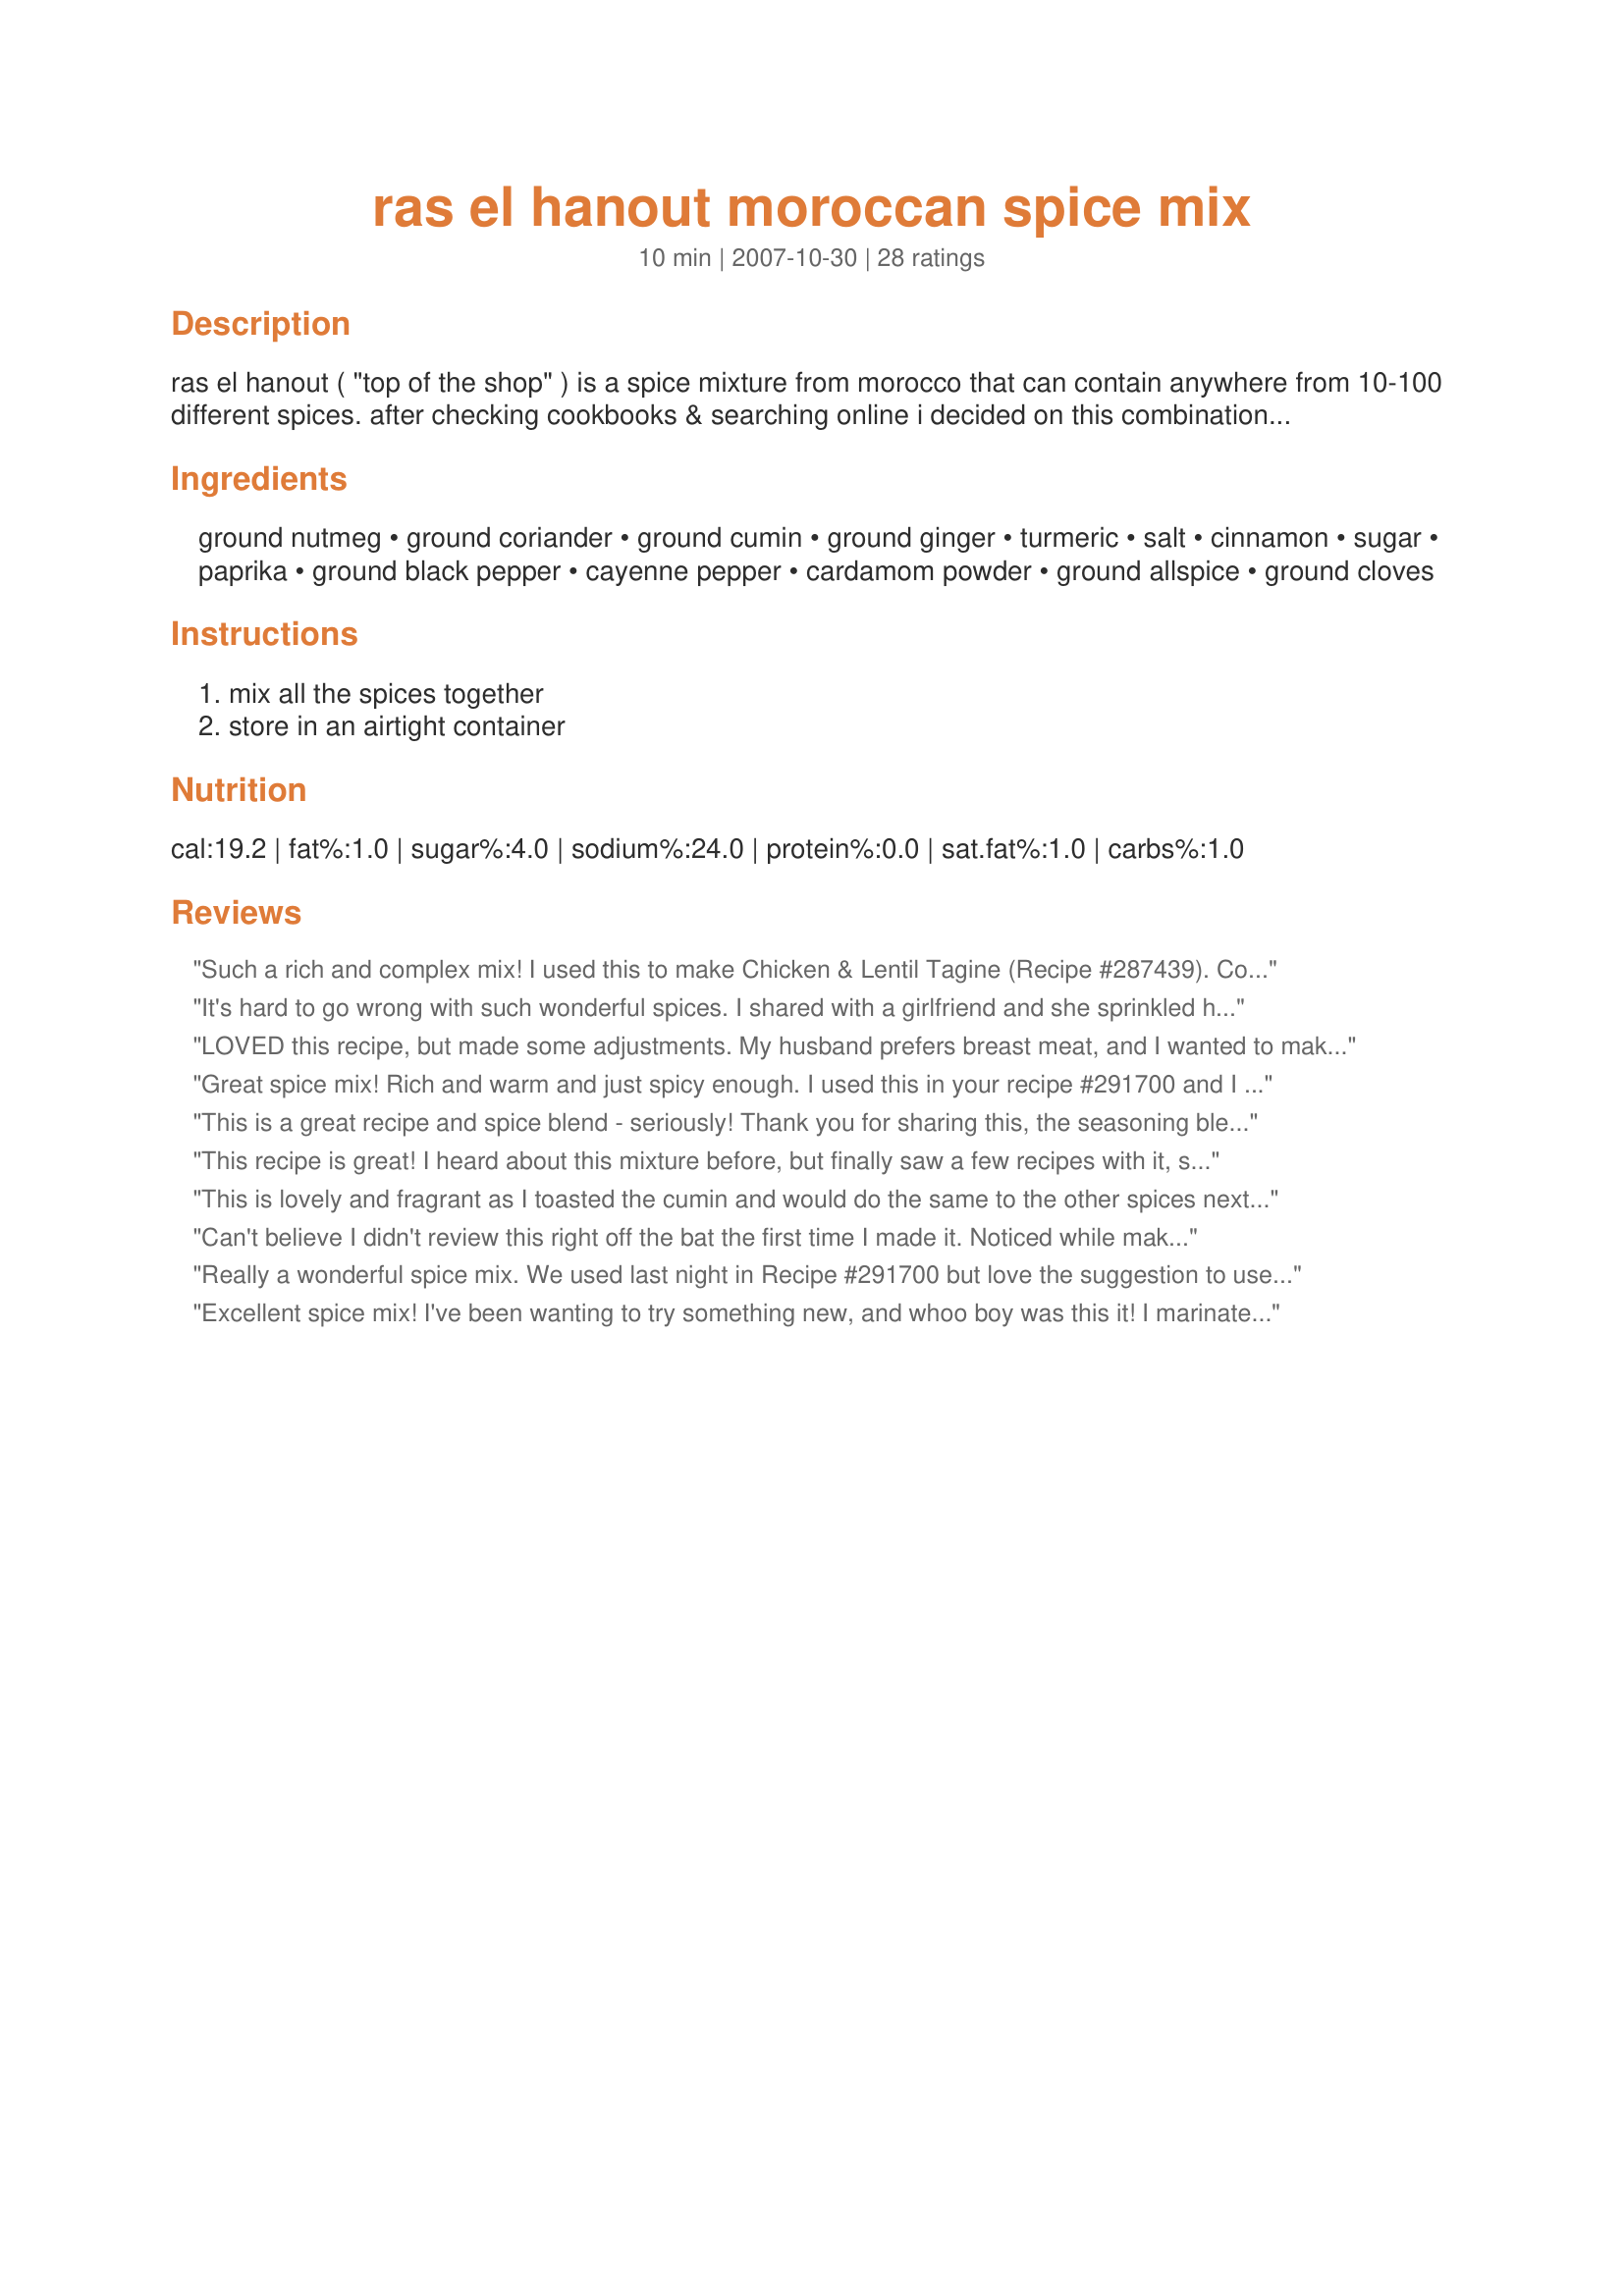
ras el hanout moroccan spice mix
Preparation time: 10 minutes

ras el hanout ( "top of the shop" ) is a spice mixture from morocco that can contain anywhere from 10-100 different spices. after checking cookbooks & searching online i decided on this combination for this spice mix.

Ingredients:
ground nutmeg, ground coriander, ground cumin, ground ginger, turmeric, salt, cinnamon, sugar, paprika, ground black pepper, cayenne pepper, cardamom powder, ground allspice, ground cloves

Steps:
mix all the spices together, store in an airtight container

Reviews:
Such a rich and complex mix! I used this to make Chicken & Lentil Tagine (Recipe #287439). Could be added to many things to add depth and intensity to the flavor.
It's hard to go wrong with such wonderful spices. I shared with a girlfriend and she sprinkled hers over grill chicken. Wonderful! Made for 1-2-3 Tag.
LOVED this recipe, but made some adjustments. My husband prefers breast meat, and I wanted to make a small batch, so I bought one chicken breast, butterflied it, and cut the recipe in half. Also, I actually had a ras el hanout mix my husband brought from Morocco. I really want to make the spice mix in this recipe; I bet it's divine! Meat and taste were perfect. Loved the flavor the thyme added. We will certainly make this again, with dark meat and the spice mix very soon! Thank you for providing a really good recipe. I'm a new Genius Kitchen fan. PS: I may add tangy green olives to the mix next time, as it's prepared in Morocco.
Great spice mix! Rich and warm and just spicy enough. I used this in your recipe #291700 and I think it will be great on chicken and pork as well. Thanks for posting this recipe!
This is a great recipe and spice blend - seriously! Thank you for sharing this, the seasoning blends go perfectly together!
This recipe is great! I heard about this mixture before, but finally saw a few recipes with it, so I figured I would try it. We like all of the spices in it, so it is no surprise that we like the mixture. Thank you very much.
This is lovely and fragrant as I toasted the cumin and would do the same to the other spices next time. I did not use nutmeg as it is an intoxicant and "Every intoxicant is haram. Something that intoxicates only when consumed in large quantities, is not allowed to be taken even in a lesser quantity." I used white sugar left out the cayenne and cloves out of preference. I can't wait to try this in different recipes. So far I have used this spice mixture in Recipe #291700 which was very delicious! Made for Ramadan Tag.
Can't believe I didn't review this right off the bat the first time I made it. Noticed while making a huge batch for the six children for Christmas ( along with my special kashi pilaf recipe). Anyway this is a fabulous blend for use on lamb, pork , chicken. I like to rub it into lamb shanks and braise slowly for 3 hours or so. Then I pull the meat, add a little more seasoning and incorporate in pilaf finished with a brown butter sauce ( also seasoned with R-E-H) to which I have added scallion, pistachios, garlic and some preserved lemon among other things. My children go wild over this so each is getting a pilaf starter set for Christmas...this spice blend, some pistachios, a box of Kashi and a jar of preserved lemons. Thanks so much for turning me on to Moroccan cuisine !
Really a wonderful spice mix. We used last night in Recipe #291700 but love the suggestion to use on chicken which I think I will do later this week. We have an awful lot of spice mix to use up and I'm not exactly sure what to do with it just yet. EDITED TO ADD: I put this rub on a pork roast tonight for Easter dinner and it is out of this world.
Excellent spice mix! I've been wanting to try something new, and whoo boy was this it! I marinated some bone-in chicken thighs with a few Tablespoons of this spice mix and some coconut milk over night, then slow cooked them on high for 4 hours. Turned out delicious! Also made some garlic olive oil couscous and wow. SO good! Will definitely keep this around for all my spice mix needs. Thanks for sharing! :D
This is a great recipe.. the best for Ras El Hanout that I have found. I have been experimenting with it, invited friends over.... and now I am handing out gifts of Ras El Hanout, as they all loooove it!
This is a very hot spice mix. Although it is a bit too hot for my personal tastes...it does have a lovely flavor. I was surprised that I liked it as much as I did. DH really liked it. Made for ZWT#6 - 2010.
Loved the deep, complex aroma that came from this mixture as I blended it together. I used it to make burgers from your kebab recipe, and I am very glad I did. I am also glad I made a lot more -- I used tablespoons for all measurements instead of teaspoons, so now I have this wonderful spice mix in my pantry to use again and again.
NOOOOO worst one I have ever made and I've made up these spices lots of other times! Too much cloves not enough cumin or something? Just not great. Avoid.
Thank you for sharing this version of Ras El Hanout, Nasseh. We really enjoyed all the flavors in this spice mix. You could taste all the different spices easily, nothing over powered. Made exactly as written but omitted the cumin as both dh &amp; I both react poorly to it. I used this to make recipe #505620 #505620 which was wonderful, partially because of your excellent spice mix. Made for Name That Ingredient Tag Game.
Tastes great. It is a nice addition to my already full spice rack!
This mix is beautifully rich and complex; perfect for so many dishes. My first use was as an ingredient in your Recipe #291700. Sheer perfection. Thank you, Nasseh, for posting!
Great spice blend -- one I will enjoy keeping on hand. Used this mix on recipe#494977 tonight and it really added a great depth of flavor to the potatoes. Thanks for the post.
I used this to rub on some chicken to bake in the oven. The blend of flavors both spicy and sweet were very nice on the chicken. We really enjoyed having a new chicken recipe to try. We will have this again, and I may try it on pork the next time! Thank you for sharing this delicious recipe with us Nasseh! Made for Zaar Stars 1/08 Linda
I halved this recipe because I wasn't sure what to expect, but wish I'd doubled it instead. I love the way the flavors blend and present themselves.
I used this to season Recipe #248510 for lunch. The mix is exquisite and provides rich warm depth of flavor. I have used Ras El Hanout many times but not this mix. I especially like the blend of salty, sweet, hot . I think for tonights dessert I'll slice an apple and sprinkle with this lovely creation. I'm really going to enjoy using this.
This is an outstanding blend of spices! Aromatic when cooking, and with layers and layers of flavor from sweet to spicy (but not overwhelmingly so) when eating. Have used it twice on recipe #454193; once with chicken as called for, then again braising with lamb. With grilling season starting can't wait to try it as a rub.
ZWT6: Excellent, unique combination of spices! We rubbed this on pork chops - YUM!
Wonderful blend of spices, a perfect blend of sweet and spicy! I love that I can make such a complex spice mix with spices I already have on hand. I have used this in some of your delicious tagines and look forward to trying it as a dry rub for meat as a previous reviewer has suggested. Thanks for posting, I will use this frequently! Made for Spring 2010 PAC.
A wonderful blend of Middle Eastern spices. I am so pleased to have a supply of ras el hanout on hand. Thanks so much for posting.
This is really great! I can't wait to find more ways to use it. I know versions of this can include a list of spices a mile long, so this was just about right...had everything in the pantry already. Thanks for posting! ZWT6
A terrific spice mix! I used it in Recipe #291700. Thank you for sharing the recipe!
We used this spice mixture on a whole roasting chicken - and we just loved the flavour it brought to the chicken. Another great thing about the recipe is that the spices needed are generally ones you already have in the spice rack, so easy to mix up in a flash.
